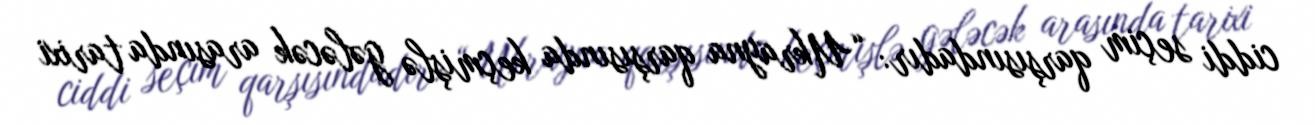
ciddi seçim qarşısındadır: “Ukrayna qarşısında keçmişlə gələcək arasında tarixi